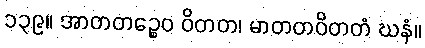
၁၃၉။ အာတတဉ္စေဝ ဝိတတ၊ မာတတဝိတတံ ဃနံ။